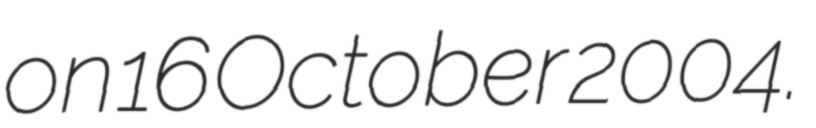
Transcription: on 16 October 2004.